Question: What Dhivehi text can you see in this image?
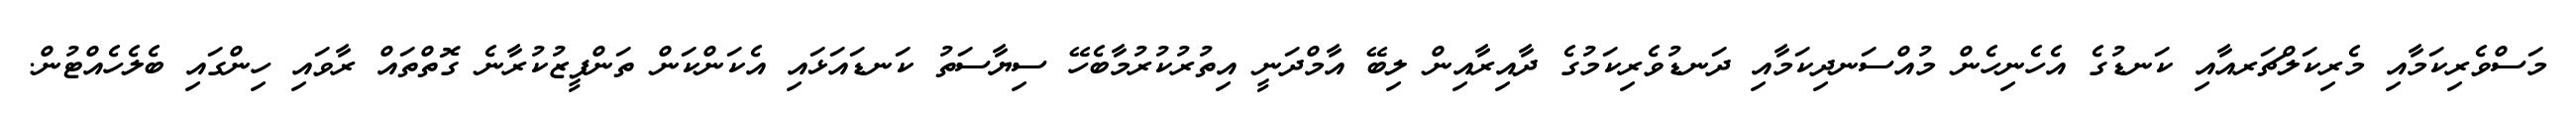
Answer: މަސްވެރިކަމާއި މެރިކަލްޗަރއާއި ކަނޑުގެ އެހެނިހެން މުއްސަނދިކަމާއި ދަނޑުވެރިކަމުގެ ދާއިރާއިން ލިބޭ އާމްދަނީ އިތުރުކުރުމާބެހޭ ސިޔާސަތު ކަނޑައަޅައި އެކަންކަން ތަންފީޒުކުރާނެ ގޮތްތައް ރާވައި ހިންގައި ބެލެހެއްޓުން.